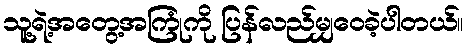
သူ့ရဲ့အတွေ့အကြုံကို ပြန်လည်မျှဝေခဲ့ပါတယ်။